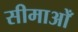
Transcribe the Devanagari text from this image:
सीमाओँ